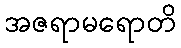
အဇရာမရောတိ